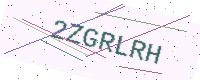
Text: 2ZGRLRH